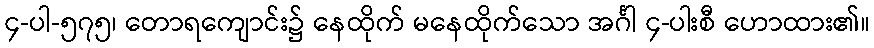
၄-ပါ-၅၇၅၊ တောရကျောင်း၌ နေထိုက် မနေထိုက်သော အင်္ဂါ ၄-ပါးစီ ဟောထား၏။